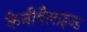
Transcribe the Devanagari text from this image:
केनीबैलाइज्ड